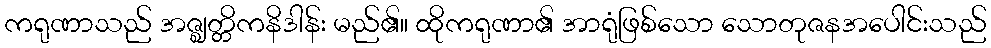
ကရုဏာသည် အဇ္ဈတ္တိကနိဒါန်း မည်၏။ ထိုကရုဏာ၏ အာရုံဖြစ်သော သောတုဇနအပေါင်းသည်